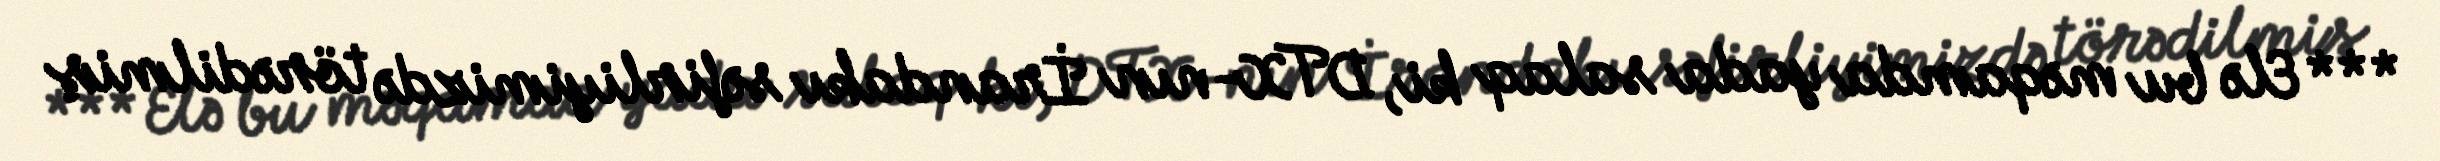
*** Elə bu məqamda yada salaq ki, DTX-nın İrandakı səfirliyimizdə törədilmiş